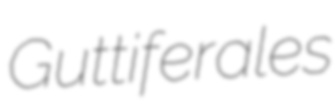
Guttiferales